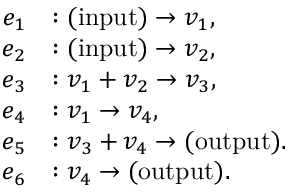
\begin{array} { r l } { e _ { 1 } } & { : \mathrm { ( i n p u t ) } \to v _ { 1 } , } \\ { e _ { 2 } } & { : \mathrm { ( i n p u t ) } \to v _ { 2 } , } \\ { e _ { 3 } } & { : v _ { 1 } + v _ { 2 } \to v _ { 3 } , } \\ { e _ { 4 } } & { : v _ { 1 } \to v _ { 4 } , } \\ { e _ { 5 } } & { : v _ { 3 } + v _ { 4 } \to \mathrm { ( o u t p u t ) } . } \\ { e _ { 6 } } & { : v _ { 4 } \to \mathrm { ( o u t p u t ) } . } \end{array}